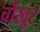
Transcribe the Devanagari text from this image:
चौखूर